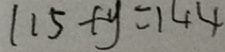
1 1 5 + y = 1 4 4